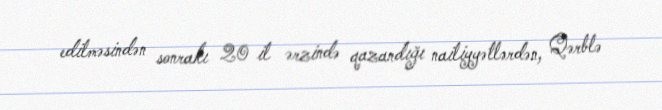
edilməsindən sonrakı 20 il ərzində qazandığı nailiyyətlərdən, Qərblə